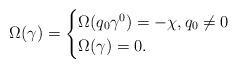
LaTeX: \begin{align*} \Omega(\gamma)=\begin{cases} \Omega(q_0\gamma^0)=-\chi, q_0\neq 0 \\ \Omega(\gamma)=0 .\\ \end{cases} \end{align*}